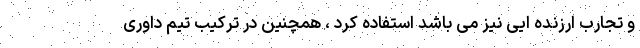
و تجارب ارزنده ایی نیز می باشد استفاده کرد ، همچنین در ترکیب تیم داوری